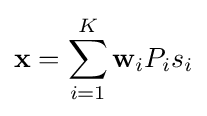
\mathbf {x} =\sum _{i=1}^{K}\mathbf {w} _{i}P_{i}s_{i}